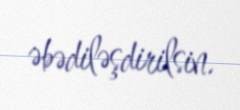
əbədiləşdirilsin.